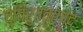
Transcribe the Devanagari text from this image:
द्विरुत्तरपद